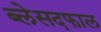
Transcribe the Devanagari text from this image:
ब्लेसदफाल